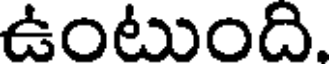
ఉంటుంది.